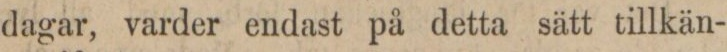
dagar, varder endast på detta sätt tillkän-